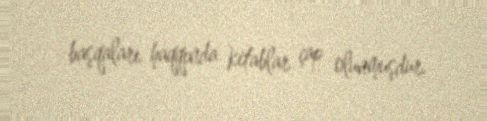
başqaları haqqında kitablar çap olunmuşdur.